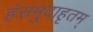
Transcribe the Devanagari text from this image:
हंसमुदाहृतम्